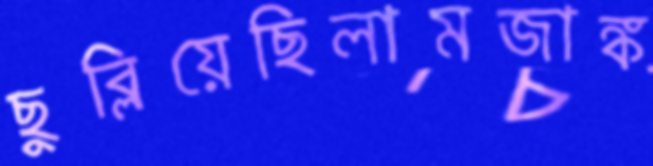
ছুব্‌লিয়েছিলামজাঙ্ক